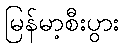
မြန်မာ့စီးပွား